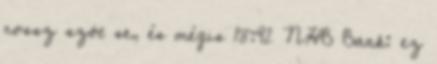
rossz szót se, és mégis 18:42 NHB Bank: ez